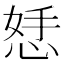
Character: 𪫾